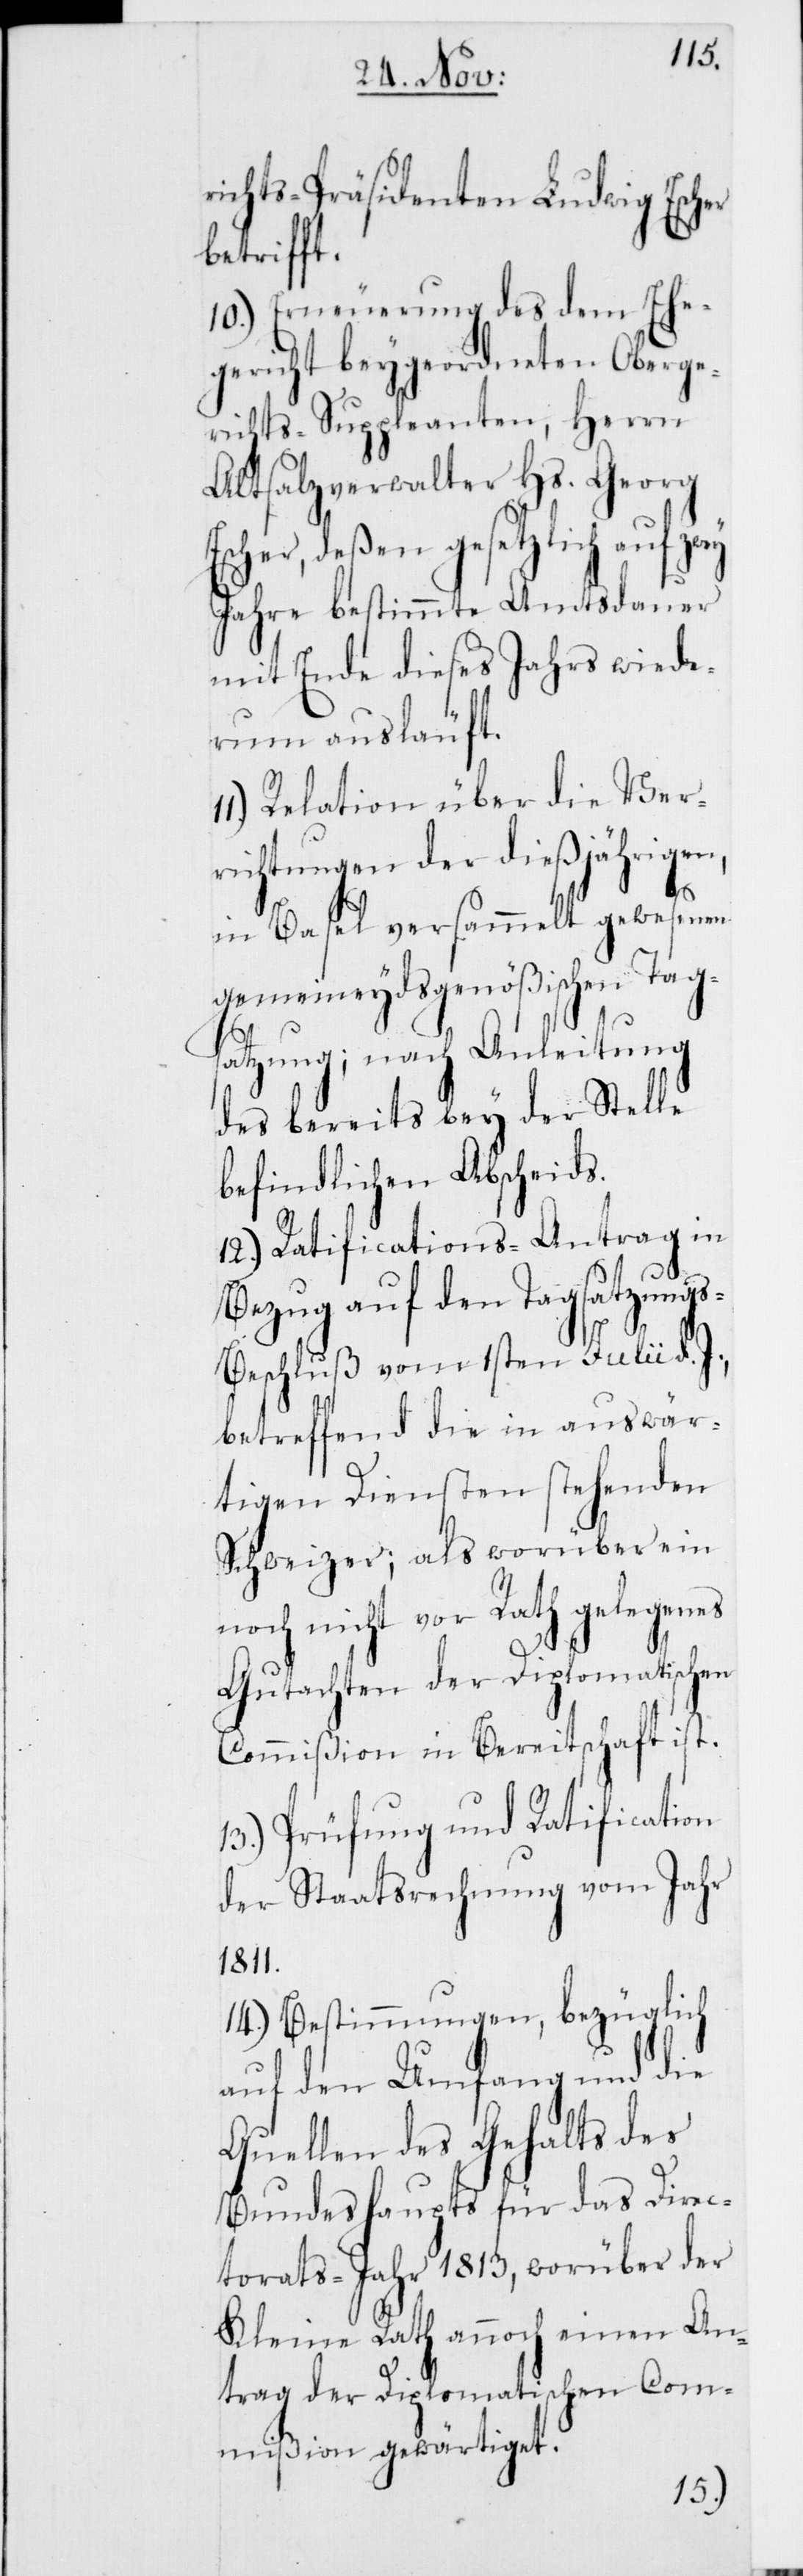
richts-Präsidenten Ludwig Escher
betrifft.
10.) Erneuerung des dem
gericht beygeordneten
ey
richts-Suppleanten, He¬
Altsalzverwalter Hs. Georg
Escher, deßen gesetzlich auf zw¬
Jahre bestimmte Amtsdauer
mit Ende dieses Jahrs wiede¬
rum ausläuft.
Relation über die Ver¬
richtungen der dießjährigen,
in Basel versammelt gewesenen
gemeineydsgenößischen Tags¬
atzung; nach Anleitung
des bereits bey der Stelle
befindlichen Abscheids.
12.) Ratifications-Antrag in
Bezug auf den Tagsatzung¬
s-Beschluß vom 1sten Julii d.
betreffend die in auswär¬
tigen Diensten stehenden
Schweizer; als worüber ein
noch nicht vor Rath gelegenes
Gutachten der Diplomatischen
Commißion in Bereitschaft ist.
13.) Prüfung und Ratification
der Staatsrechnung vom Jahr
1811.
14.) Bestimmungen, bezüglich
auf den Umfang und die
Quellen des Gehalts des
Bundeshaupts für das Direc¬
torats-Jahr 1813, worüber der
Kleine Rath annoch einen An¬
trag der Diplomatischen Co¬
mmißion gewärtiget.